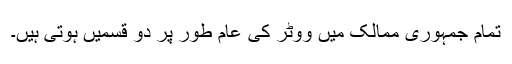
تمام جمہوری ممالک میں ووٹر کی عام طور پر دو قسمیں ہوتی ہیں۔